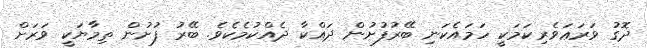
ދޮގު ވަރަޢަވެރިކަމަކީ ހަމައެކަނި ބޭރުފުށުން ދައްކާ ދެއްކުމެކެވެ. ބޭރު ފުށުން ތިމާޔަކީ ވަރަށް